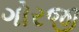
ગોરજી